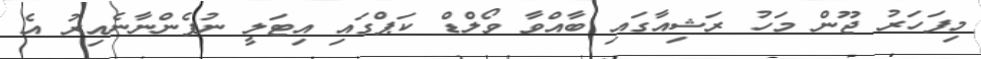
މިފަހަރު ޖޫން މަހު ރަޝިއާގައި ބާއްވާ ވޯލްޑް ކަޕްގައި އިޓަލީ ނުފެންނާނެއިރު އެ